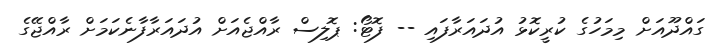
ގައްދޫއަށް މިމަހުގެ ކުރީކޮޅު އުދައަރާފައި -- ފޮޓޯ: ޕޮލިސް ރާއްޖެއަށް އުދައަރާފާނެކަމަށް ރާއްޖޭގެ